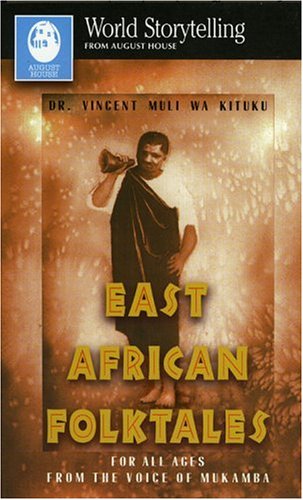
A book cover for East African Folktales (World Storytelling from August House); Vincent  Muli Wa Kituku; Children's Books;